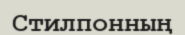
Стилпонның